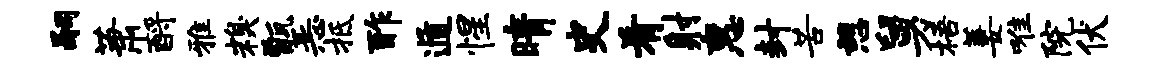
嗣萧酹雅糗甑恶抵酢遁惺晴史肴射惠封苦憩舅梧萋唯院伏